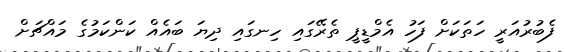
ފެބުރުއަރީ ހަތަކަށް ފަހު އެމްޑީޕީ ތެރޭގައި ހިނގައި ދިޔަ ބައެއް ކަންކަމުގެ މައްޗަށް